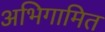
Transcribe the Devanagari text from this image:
अभिगामित